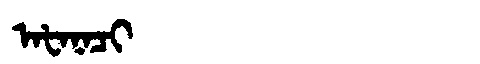
Manchu: ᠠᡶᠠᠨᠠᠴᡳ
Romanization: AFANACI